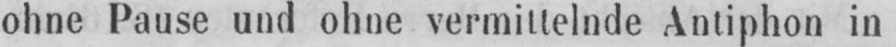
ohne Pause und ohne vermittelnde Antiphon in